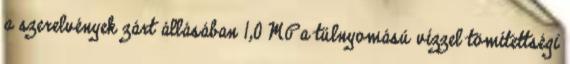
a szerelvények zárt állásában 1,0 MPa túlnyomású vízzel tömítettségi